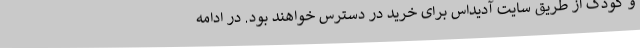
و کودک از طریق سایت آدیداس برای خرید در دسترس خواهند بود. در ادامه